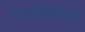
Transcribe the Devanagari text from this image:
रेट्रोस्टर्नल